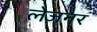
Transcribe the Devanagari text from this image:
लेज़नर